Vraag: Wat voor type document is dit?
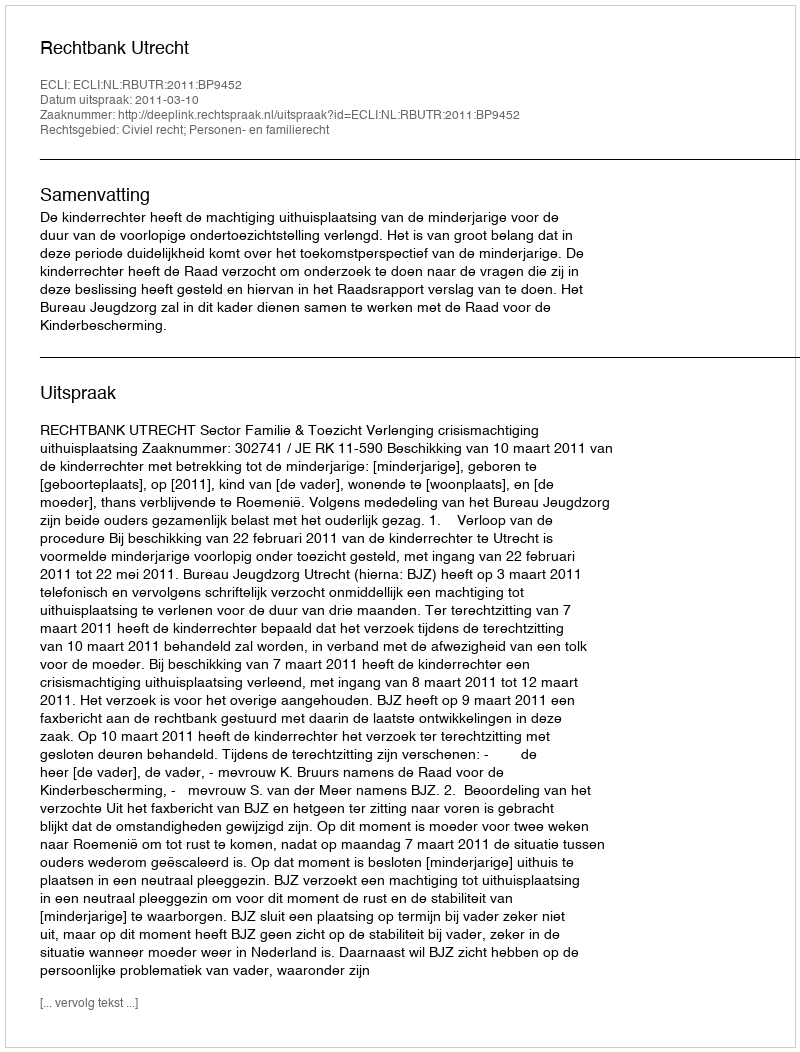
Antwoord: Uitspraak